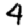
Digit: 4